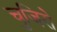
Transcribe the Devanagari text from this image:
चुजिरो